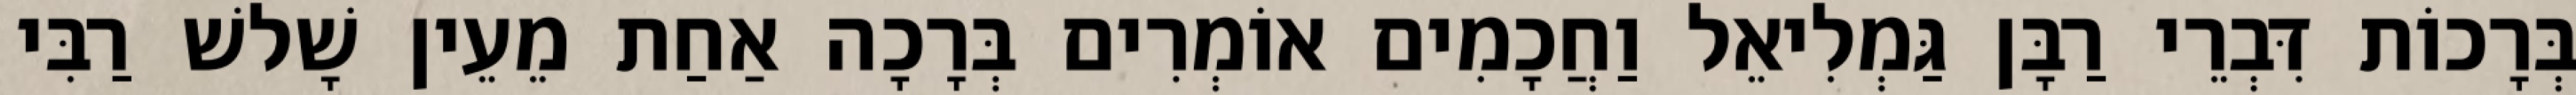
בְּרָכוֹת דִּבְרֵי רַבָּן גַּמְלִיאֵל וַחֲכָמִים אוֹמְרִים בְּרָכָה אַחַת מֵעֵין שָׁלשׁ רַבִּי